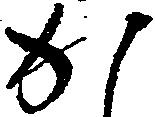
か